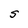
Character: S